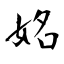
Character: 姳